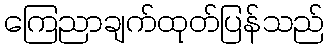
ကြေညာချက်ထုတ်ပြန်သည်